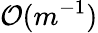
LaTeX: \mathcal{O}(m^{-1})